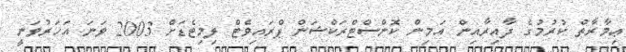
ޢިމާރާތް ކުރުމުގެ ދާއިރާއިން އަމިން ކޮންސްޓްރަކްޝަން ޕްރައިވެޓް ލިމިޓެޑަށް 2003 ވަނަ އަހަރުވަނީ